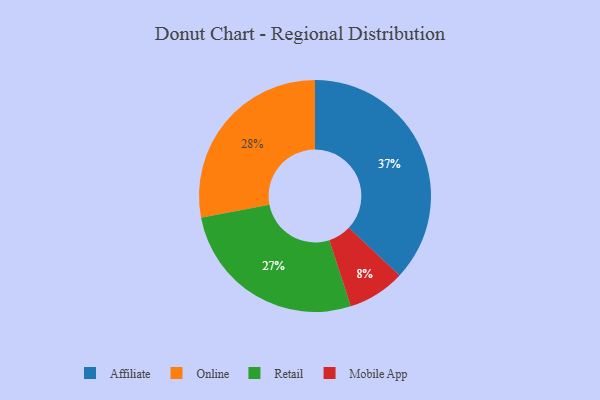
{"axis": {"x": "Category", "y": "Percentage"}, "legend": ["Affiliate", "Mobile App", "Online", "Retail"], "data": [{"x": "Affiliate", "y": 37, "type": "Affiliate"}, {"x": "Online", "y": 28, "type": "Online"}, {"x": "Retail", "y": 27, "type": "Retail"}, {"x": "Mobile App", "y": 8, "type": "Mobile App"}]}